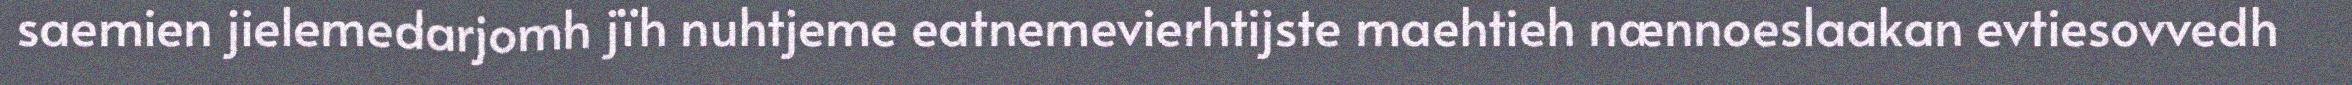
saemien jielemedarjomh jïh nuhtjeme eatnemevierhtijste maehtieh nænnoeslaakan evtiesovvedh